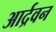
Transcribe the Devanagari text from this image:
आर्द्रवन